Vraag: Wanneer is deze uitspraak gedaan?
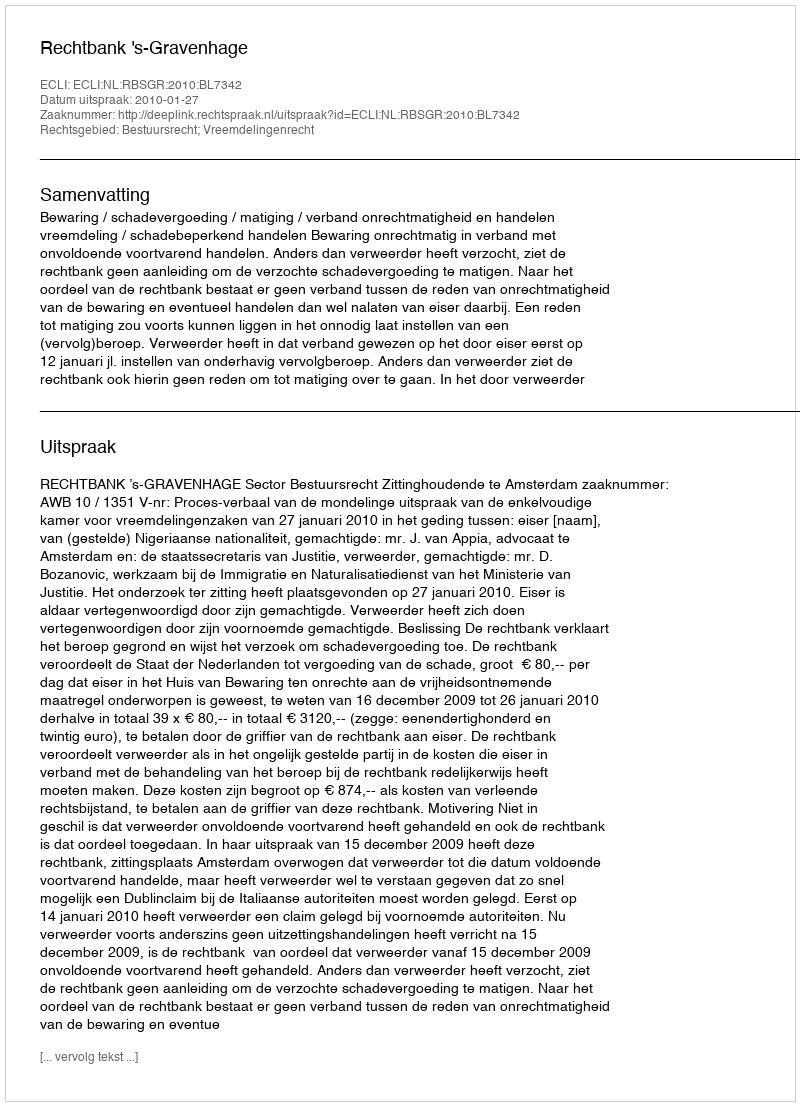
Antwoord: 2010-01-27